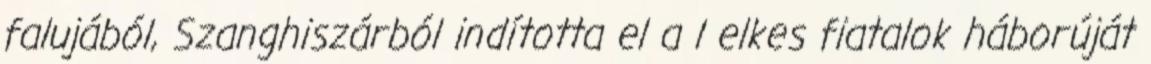
falujából, Szanghiszárból indította el a l elkes fiatalok háborúját